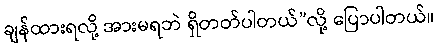
ချန်ထားရလို့ အားမရဘဲ ရှိတတ်ပါတယ်”လို့ ပြောပါတယ်။